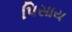
પિસાય